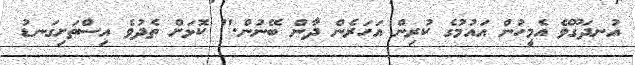
އުނދަގޫވޭ އެމީހުން އައުމުގެ ކުރިން އަހަރެން ދާން ބޭނުން." ކޮޅަށް ތެދުވެ އިސްތަށިގަނޑު